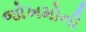
જોખમોની